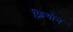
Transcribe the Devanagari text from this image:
फ़्रियोन